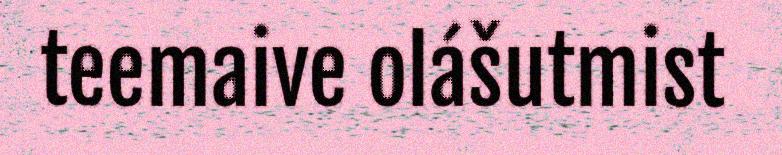
teemaive olášutmist